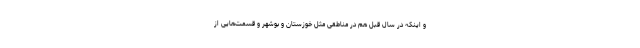
و اینکه در سال قبل هم در مناطقی مثل خوزستان و بوشهر و قسمت‌هایی از